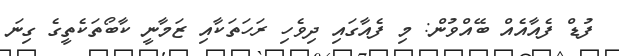
ފުޑް ފެއާއެއް ބޭއްވުން: މި ފެއާގައި ދިވެހި ރަހަތަކާއި ޒަމާނީ ކާބޯތަކެތީގެ ގިނަ